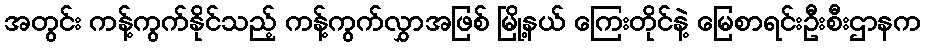
အတွင်း ကန့်ကွက်နိုင်သည့် ကန့်ကွက်လွှာအဖြစ် မြို့နယ် ကြေးတိုင်နဲ့ မြေစာရင်းဦးစီးဌာနက